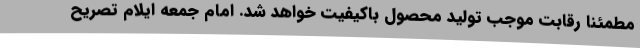
مطمئنا رقابت موجب تولید محصول باکیفیت خواهد شد. امام جمعه ایلام تصریح